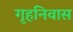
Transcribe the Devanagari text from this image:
गृहनिवास